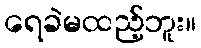
ရေခဲမထည့်ဘူး။